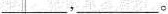
___，___。